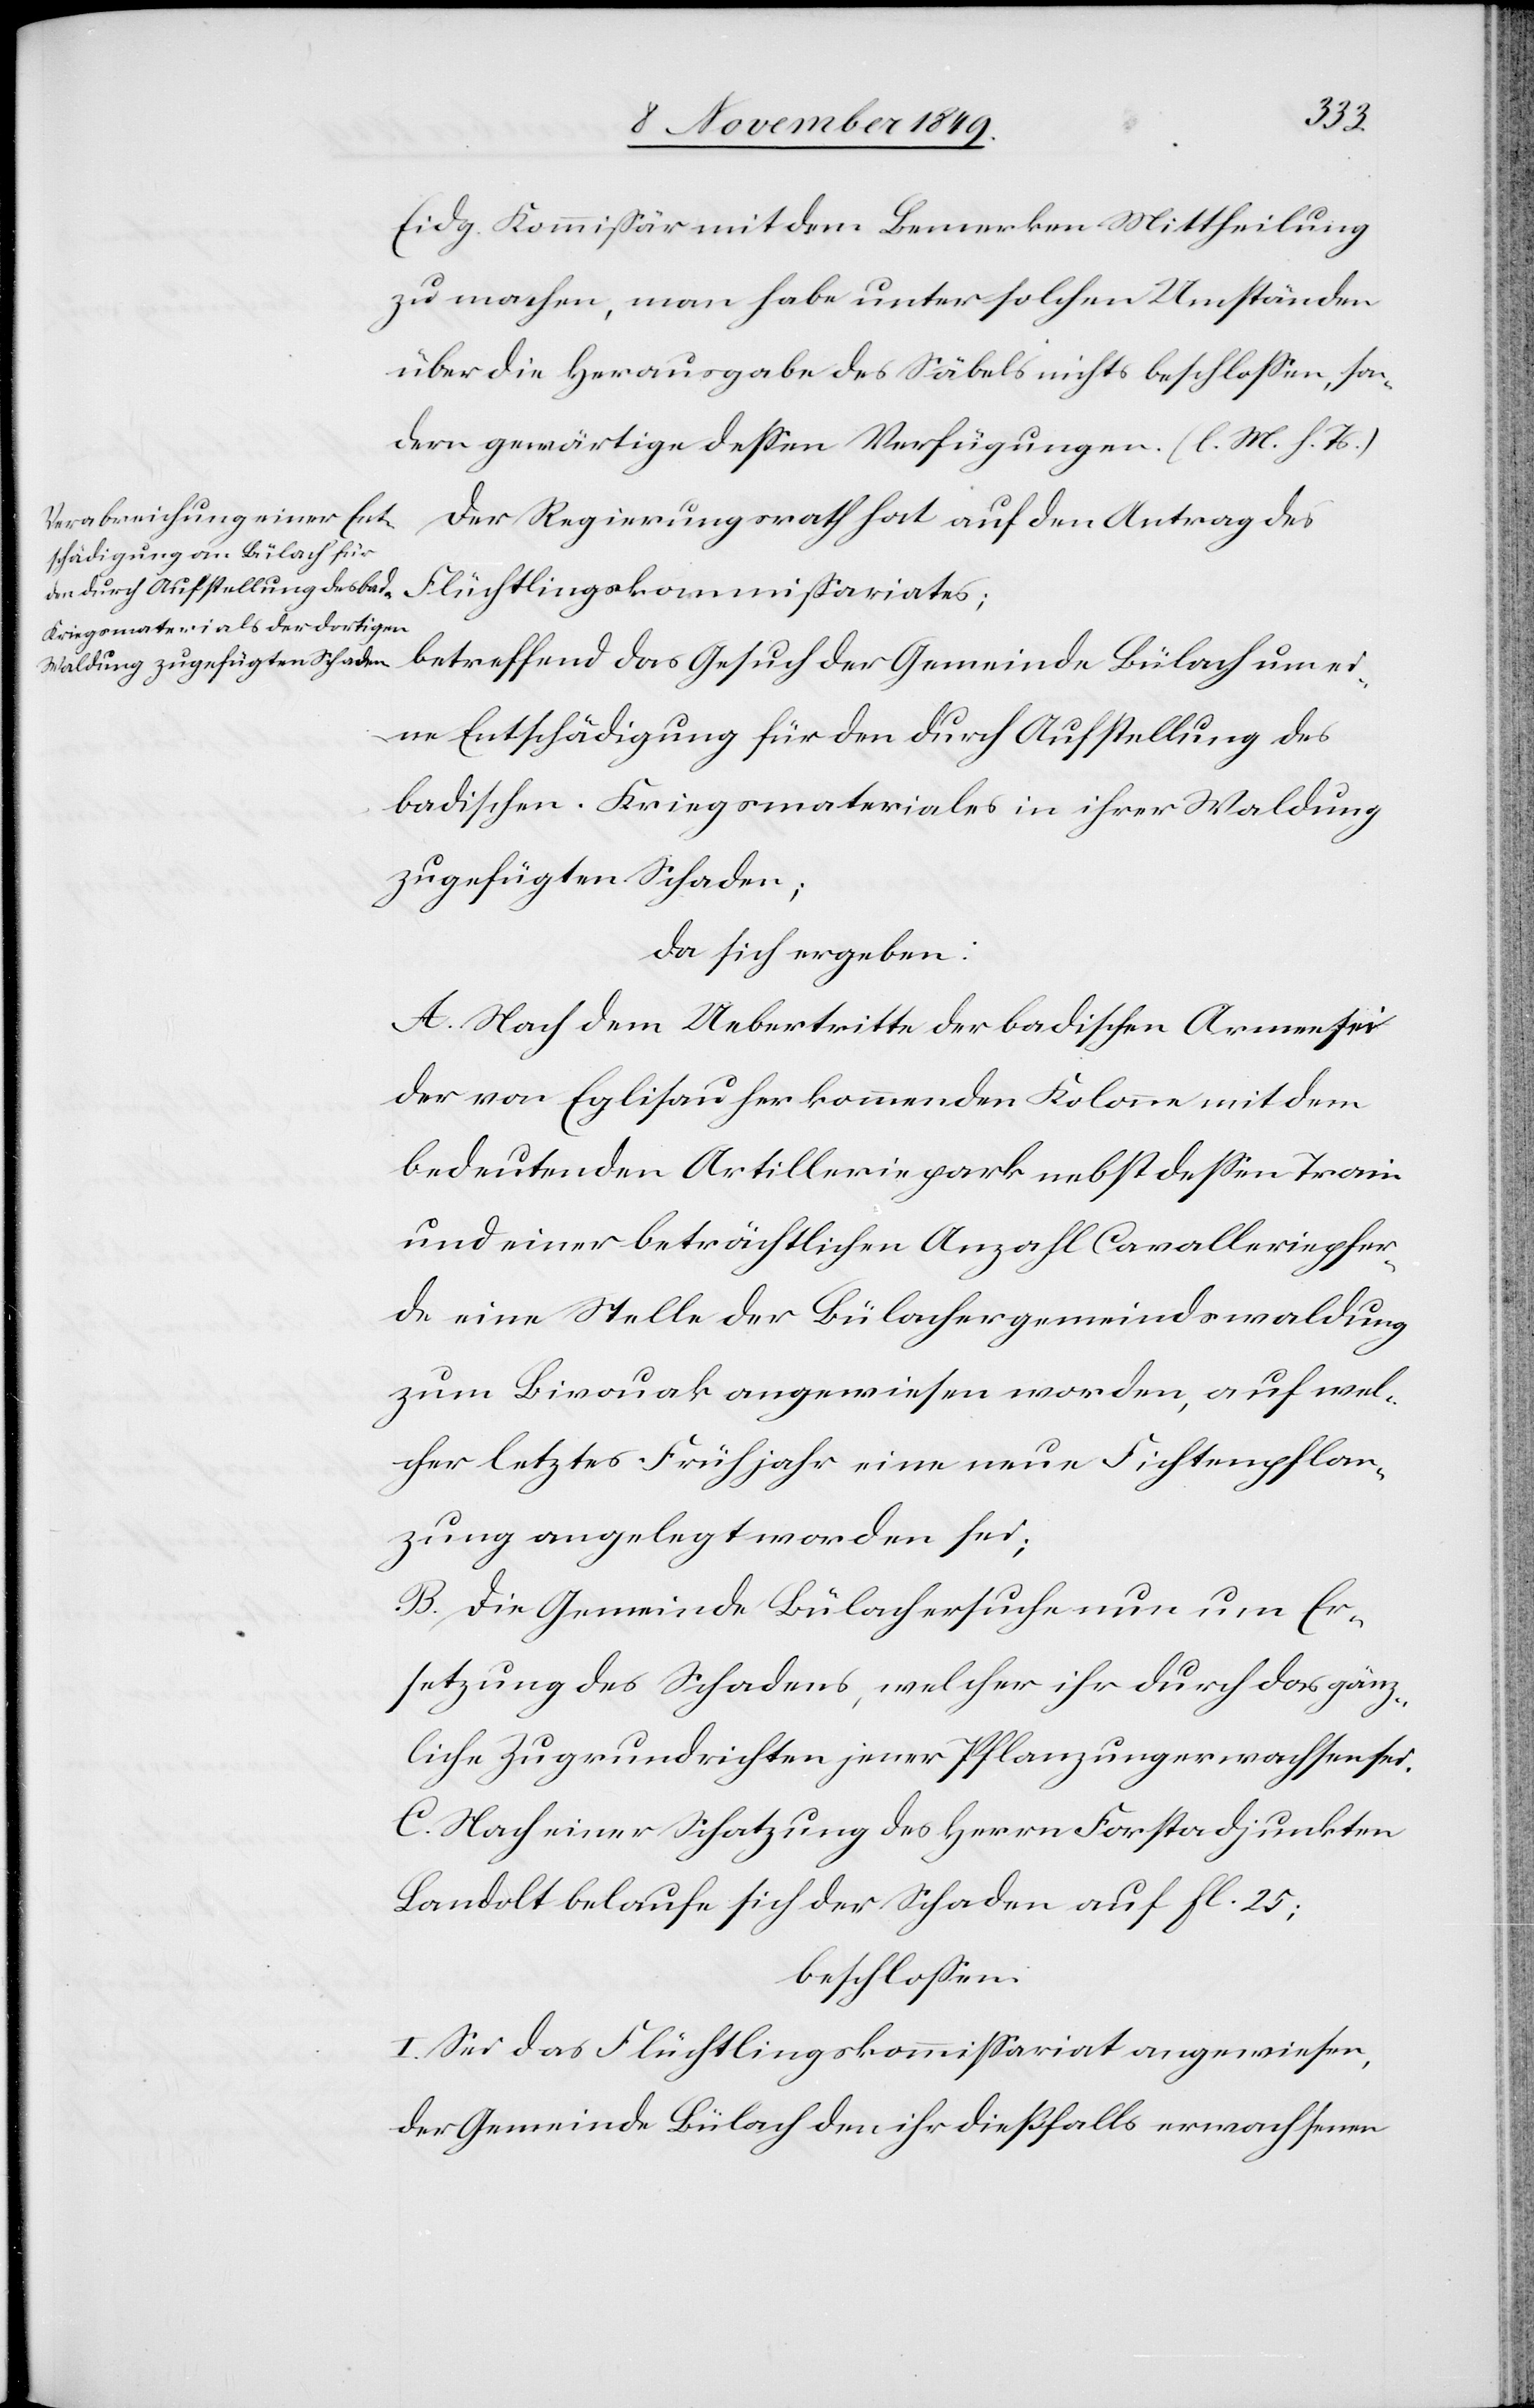
der
Eidg. Kommißär mit dem Bemerken Mittheilung
zu machen, man habe unter solchen Umständen
über die Herausgabe des Säbels nichts beschloßen, son¬
dern gewärtige deßen Verfügungen. [l. M. v. h.
Der Regierungsrath hat den Antrag des
eine Entschädigung für den durch Aufstellung des
badischen. Kriegsmateriales in ihrer Waldung
zugefügten Schaden;
da sich ergeben:
A. Nach dem Uebertritte der badischen Armen sei
der von Eglisau her kommenden Kolonne mit dem
bedeutenden Artilleriepark nebst deßen Train
und einer beträchtlichen Anzahl Cavalleriepfer¬
de eine Stelle der Bülachergemeindswaldung
zum Bivouak angewiesen worden, auf wel¬
cher letztes Frühjahr eine neue Fichtenpflan¬
zung angelegt worden sei;
B. Die Gemeinde Bülach ersuche nun um Er¬
setzung des Schadens, welcher ihr durch das gänz¬
liche Zugrundrichten jener Pflanzung erwachsen sei.
C. Nach einer Schatzung des Herrn Forstadjunkten
Landolt belaufe sich der Schaden auf fl 25;
beschloßen:
I. Sei das Flüchtlingskommißariat angewiesen,
der Gemeinde Bülach den ihr dießfalls erwachsenen